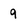
Character: 9